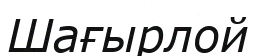
Шағырлой